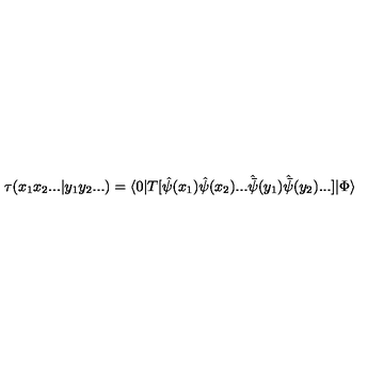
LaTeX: \tau ( x _ { 1 } x _ { 2 } . . . | y _ { 1 } y _ { 2 } . . . ) = \langle 0 | T [ { \hat { \psi } } ( x _ { 1 } ) { \hat { \psi } } ( x _ { 2 } ) . . . { \hat { \bar { \psi } } } ( y _ { 1 } ) { \hat { \bar { \psi } } } ( y _ { 2 } ) . . . ] | \Phi \rangle